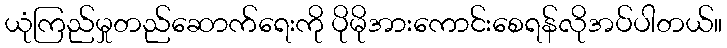
ယုံကြည်မှုတည်ဆောက်ရေးကို ပိုမိုအားကောင်းစေရန်လိုအပ်ပါတယ်။